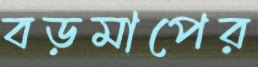
বড়মাপের